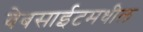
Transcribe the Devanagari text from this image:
वेबसाईटमधील